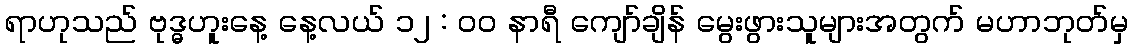
ရာဟုသည် ဗုဒ္ဓဟူးနေ့ နေ့လယ် ၁၂ : ၀၀ နာရီ ကျော်ချိန် မွေးဖွားသူများအတွက် မဟာဘုတ်မှ